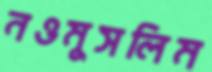
নওমুসলিম